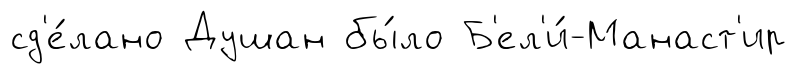
сд'е́лано Душан бы́ло Б'ел'и́-Манаст'ир